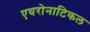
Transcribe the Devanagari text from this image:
एयरोनाटिकल